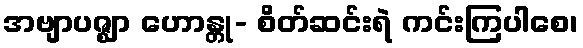
အဗျာပဇ္ဈာ ဟောန္တု- စိတ်ဆင်းရဲ ကင်းကြပါစေ၊